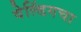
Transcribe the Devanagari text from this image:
वेल्डिंगचा